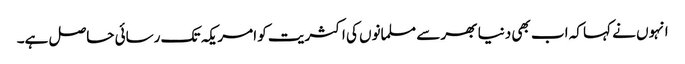
انہوں نے کہا کہ اب بھی دنیا بھر سے مسلمانوں کی اکثریت کو امریکہ تک رسائی حاصل ہے۔